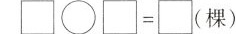
\Box \circ \Box =\Box （棵）